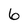
Character: 6